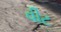
વીટ